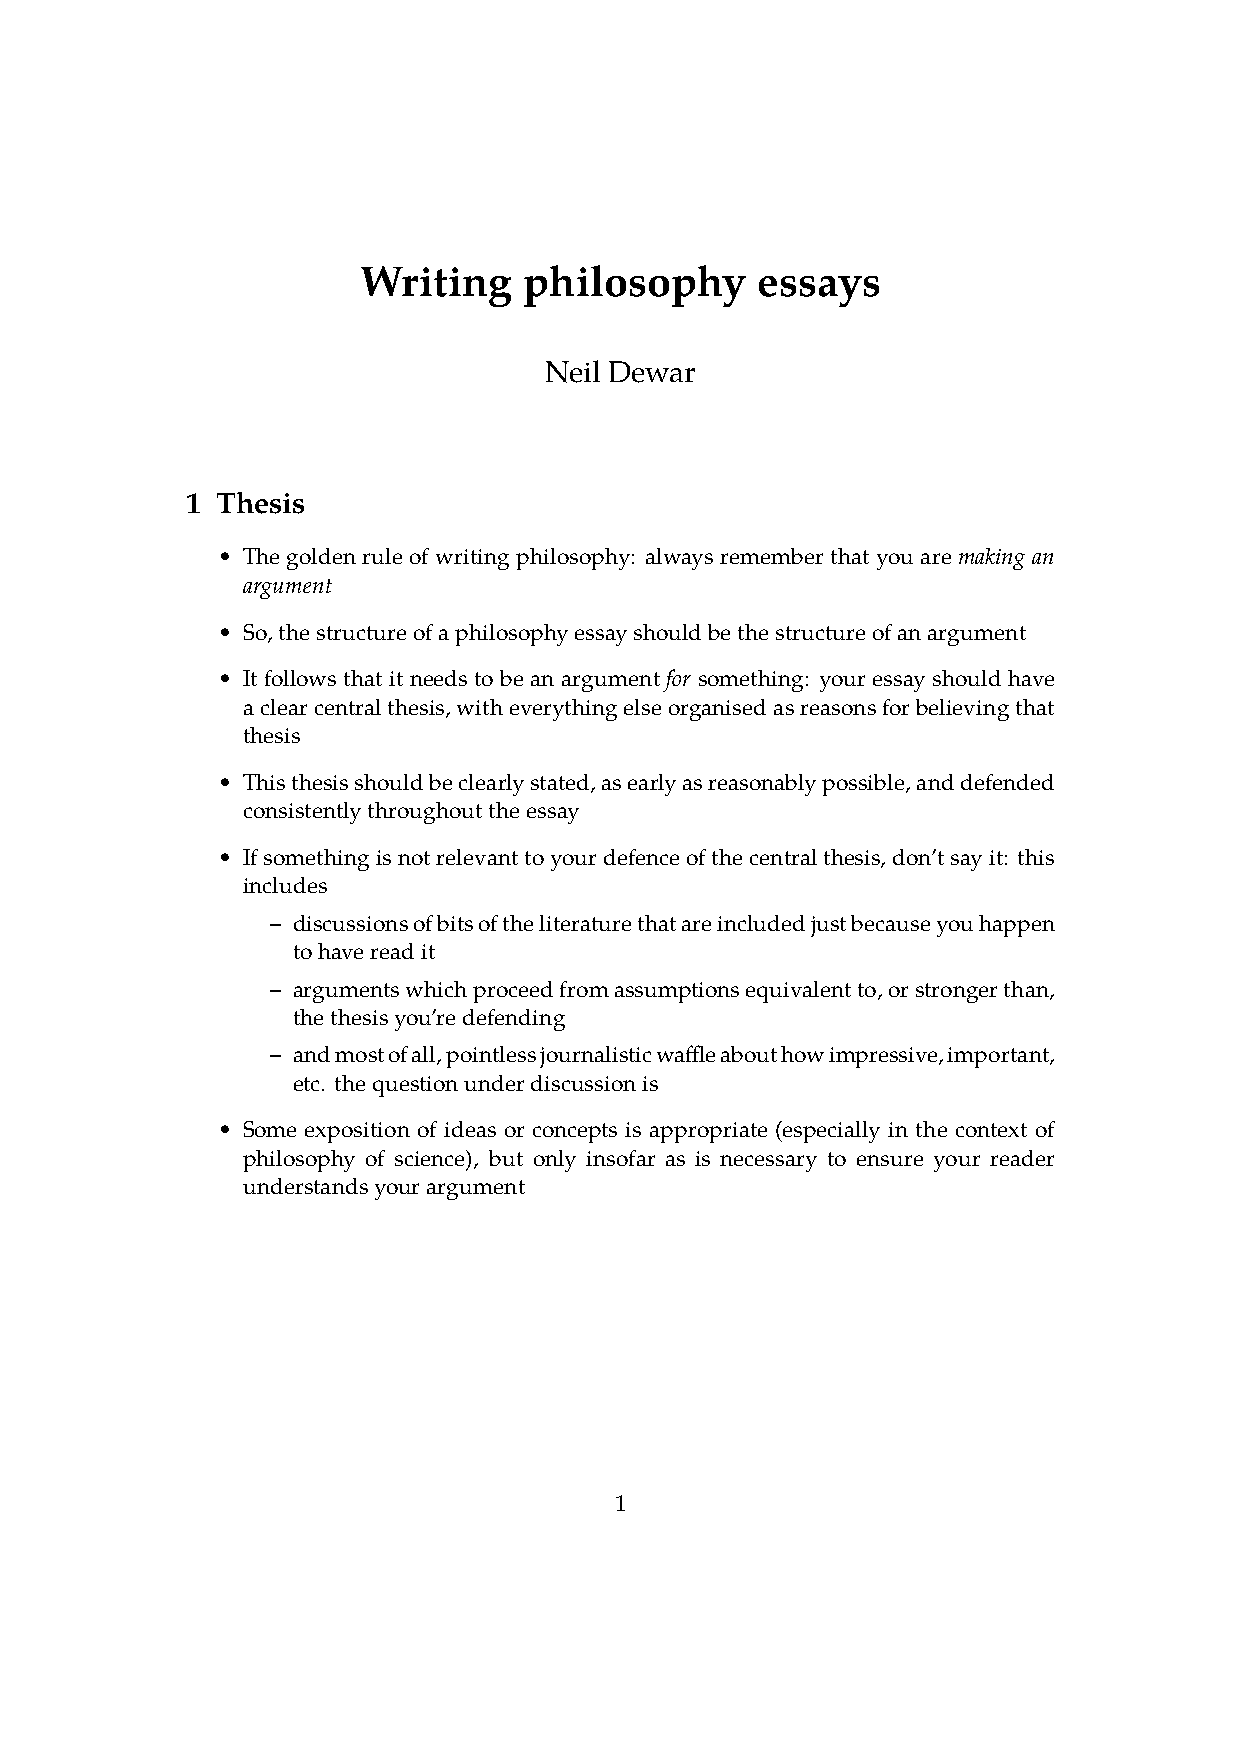
Writing    philosophy     essays
 Neil Dewar
 1 Thesis
 • The goldenrule of writingphilosophy: alwaysremember that you aremaking an
 argument
 •
 So,thestructureofaphilosophyessayshouldbethestructureofanargument
 • It follows that it needs to be an argument for something: your essay should have
 aclearcentralthesis,witheverythingelseorganisedasreasonsforbelievingthat
 thesis
 •
 Thisthesisshouldbeclearlystated,asearlyasreasonablypossible,anddefended
 consistentlythroughouttheessay
 •
 Ifsomethingisnotrelevanttoyourdefenceofthecentralthesis,don’tsayit: this
 includes
 – discussionsofbitsoftheliteraturethatareincludedjustbecauseyouhappen
 tohavereadit
 – argumentswhichproceedfromassumptionsequivalentto,orstrongerthan,
 thethesisyou’redefending
 – andmostofall,pointlessjournalisticwaffleabouthowimpressive,important,
 etc. thequestionunderdiscussionis
 •
 Some exposition of ideas or concepts is appropriate (especially in the context of
 philosophy of science), but only insofar as is necessary to ensure your reader
 understandsyourargument
 1